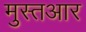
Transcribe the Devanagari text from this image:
मुस्तआर